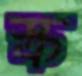
স্ক